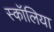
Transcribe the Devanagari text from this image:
स्कॉलिया